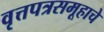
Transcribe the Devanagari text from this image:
वृत्तपत्रसमूहाचे